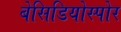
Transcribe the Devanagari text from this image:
बेसिडियोस्पोर